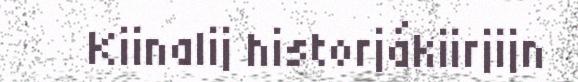
Kiinalij historjákiirjijn